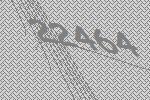
22464